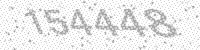
Solution: 154448